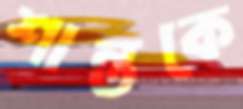
শান্তকে